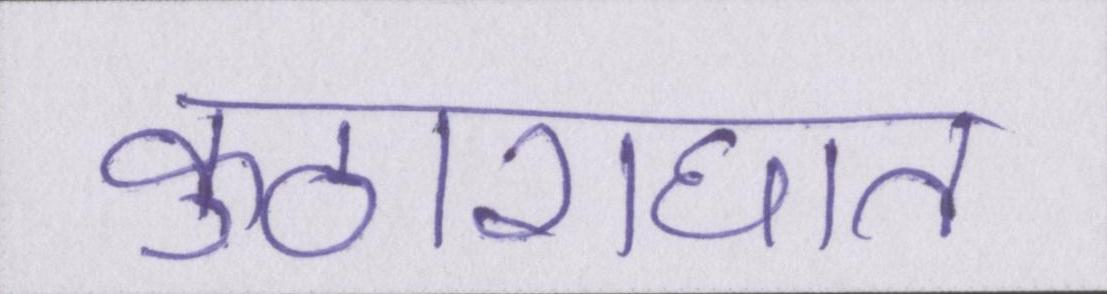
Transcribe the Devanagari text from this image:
कुठाराघात